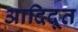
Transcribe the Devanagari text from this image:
आदिदूत